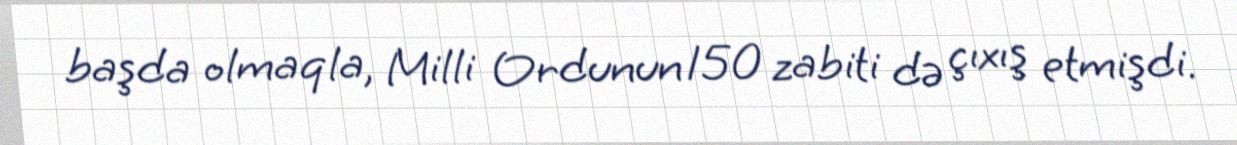
başda olmaqla, Milli Ordunun 150 zabiti də çıxış etmişdi.